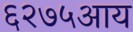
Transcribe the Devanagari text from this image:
६२७५आय